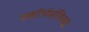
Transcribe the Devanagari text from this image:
स्कॉर्चर्सविरुद्ध